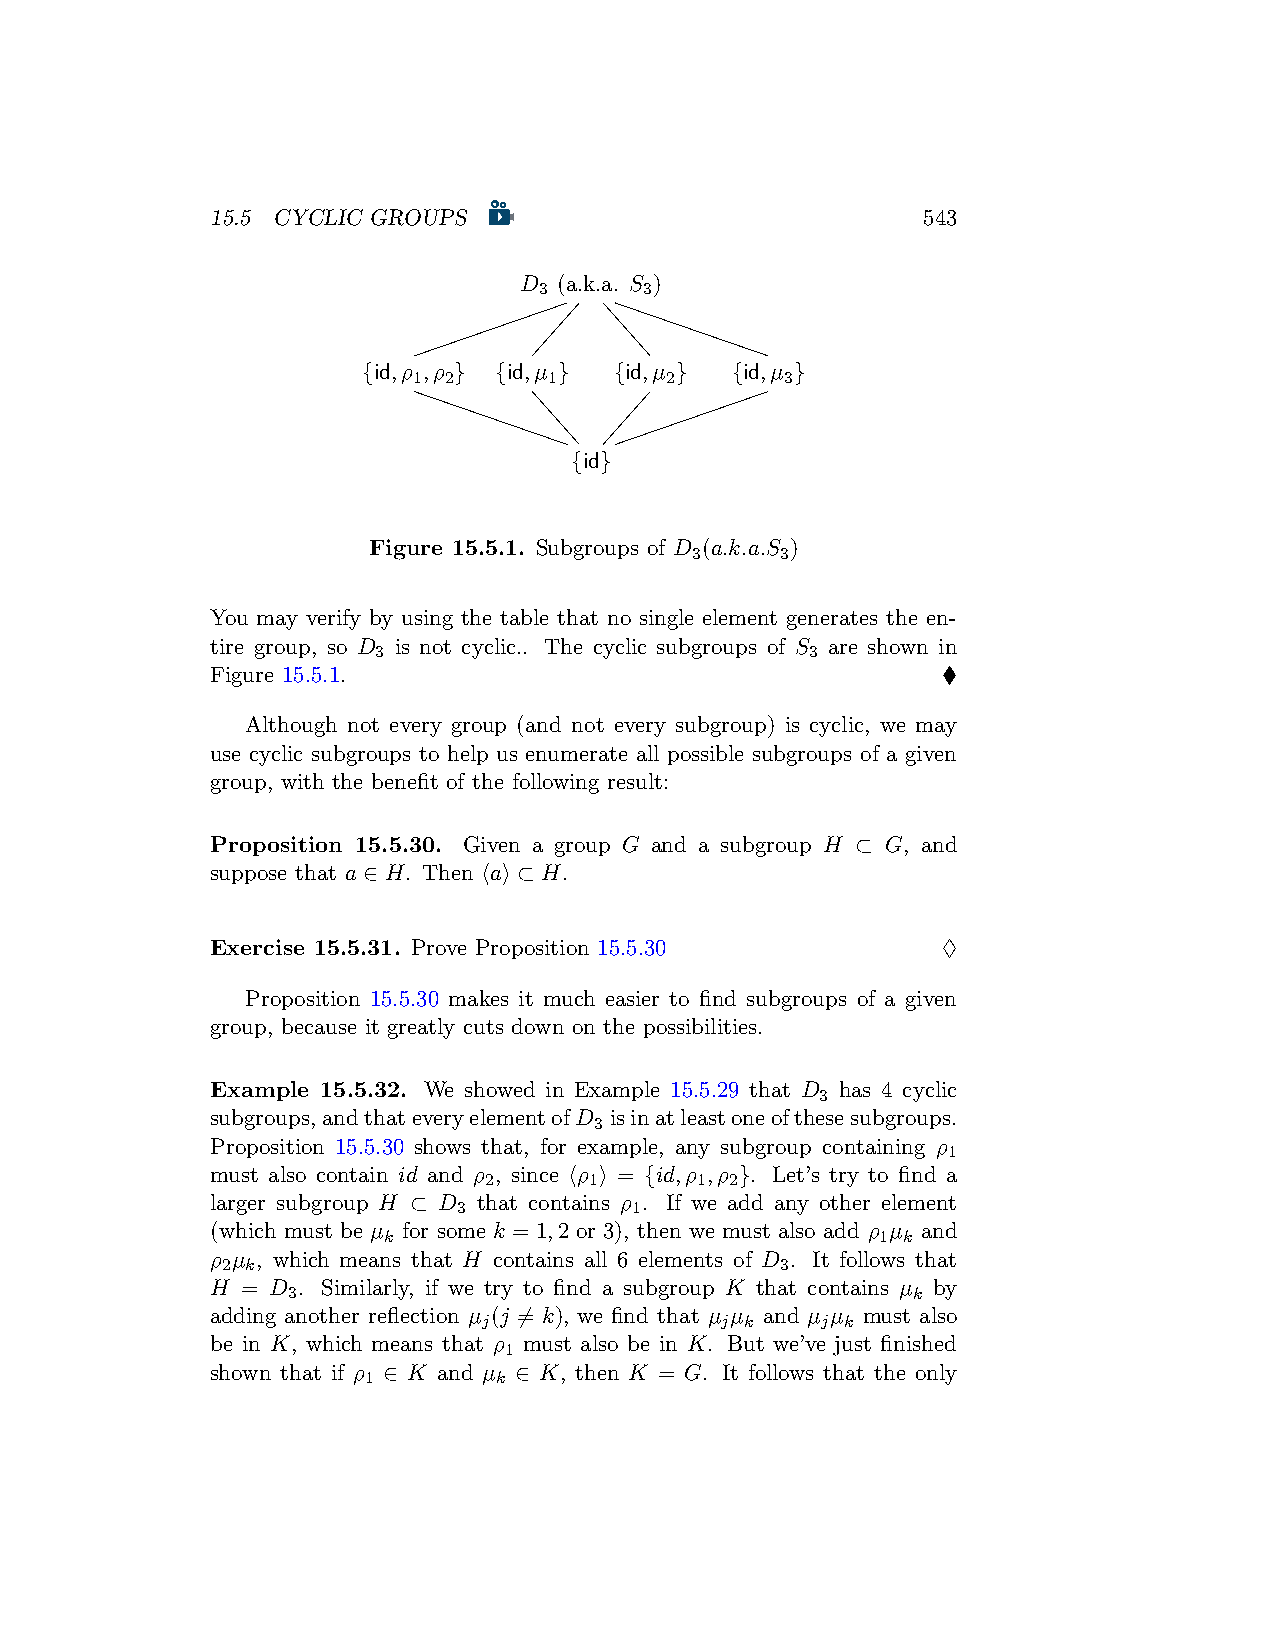
15.5 CYCLIC GROUPS                             543
 D  (a.k.a. S )
 3      3
 {id,ρ ,ρ } {id,µ } {id,µ } {id,µ }
 1 2      1       2       3
 {id}
 Figure 15.5.1. Subgroups of D (a.k.a.S )
 3     3
 You may verify by using the table that no single element generates the en-
 tire group, so D is not cyclic.. The cyclic subgroups of S are shown in
 3                            3
 Figure 15.5.1.                                  ♦
 Although not every group (and not every subgroup) is cyclic, we may
 use cyclic subgroups to help us enumerate all possible subgroups of a given
 group, with the benefit of the following result:
 Proposition 15.5.30. Given a group G and a subgroup H ⊂ G, and
 suppose that a ∈ H. Then ⟨a⟩ ⊂ H.
 Exercise 15.5.31. Prove Proposition 15.5.30     ♢
 Proposition 15.5.30 makes it much easier to find subgroups of a given
 group, because it greatly cuts down on the possibilities.
 Example 15.5.32. We showed in Example 15.5.29 that D has 4 cyclic
 3
 subgroups,andthateveryelementofD isinatleastoneofthesesubgroups.
 3
 Proposition 15.5.30 shows that, for example, any subgroup containing ρ
 1
 must also contain id and ρ , since ⟨ρ ⟩ = {id,ρ ,ρ }. Let’s try to find a
 2      1      1 2
 larger subgroup H ⊂ D that contains ρ . If we add any other element
 3           1
 (which must be µ for some k = 1,2 or 3), then we must also add ρ µ and
 k                                1 k
 ρ µ , which means that H contains all 6 elements of D . It follows that
 2 k                                  3
 H = D . Similarly, if we try to find a subgroup K that contains µ by
 3                                        k
 adding another reflection µ (j ̸= k), we find that µ µ and µ µ must also
 j               j k   j k
 be in K, which means that ρ must also be in K. But we’ve just finished
 1
 shown that if ρ ∈ K and µ ∈ K, then K = G. It follows that the only
 1        k